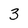
Character: 3